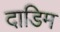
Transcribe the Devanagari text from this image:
दाडिम